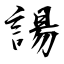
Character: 諹